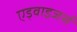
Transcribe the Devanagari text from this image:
एड्वाइजर्स